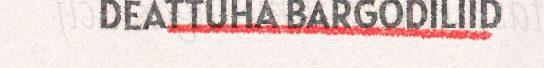
DEATTUHA BARGODILIID